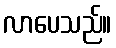
လာပေသည်။